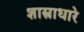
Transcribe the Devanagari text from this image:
शास्त्राधारे